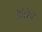
શરાવ